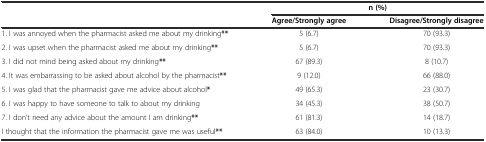
<table><thead><tr><td></td><td colspan="2"><b>n (%)</b></td></tr><tr><td></td><td><b>Agree/Strongly agree</b></td><td><b>Disagree/Strongly disagree</b></td></tr></thead><tbody><tr><td>1. I was annoyed when the pharmacist asked me about my drinking<b>**</b></td><td>5 (6.7)</td><td>70 (93.3)</td></tr><tr><td>2. I was upset when the pharmacist asked me about my drinking<b>**</b></td><td>5 (6.7)</td><td>70 (93.3)</td></tr><tr><td>3. I did not mind being asked about my drinking<b>**</b></td><td>67 (89.3)</td><td>8 (10.7)</td></tr><tr><td>4. It was embarrassing to be asked about alcohol by the pharmacist<b>**</b></td><td>9 (12.0)</td><td>66 (88.0)</td></tr><tr><td>5. I was glad that the pharmacist gave me advice about alcohol<b>*</b></td><td>49 (65.3)</td><td>23 (30.7)</td></tr><tr><td>6. I was happy to have someone to talk to about my drinking</td><td>34 (45.3)</td><td>38 (50.7)</td></tr><tr><td>7. I don’t need any advice about the amount I am drinking<b>**</b></td><td>61 (81.3)</td><td>14 (18.7)</td></tr><tr><td>I thought that the information the pharmacist gave me was useful<b>**</b></td><td>63 (84.0)</td><td>10 (13.3)</td></tr></tbody></table>